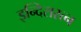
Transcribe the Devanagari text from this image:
इन्दिरारत्न